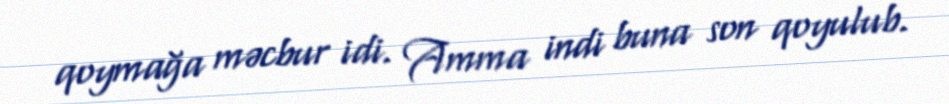
qoymağa məcbur idi. Amma indi buna son qoyulub.